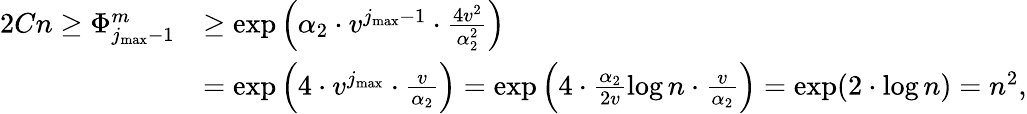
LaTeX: \begin{array}{rl}{2Cn\geq\Phi_{j_{\operatorname*{max}}-1}^{m}}&{\geq\exp\Big(\alpha_{2}\cdot v^{j_{\operatorname*{max}}-1}\cdot\frac{4v^{2}}{\alpha_{2}^{2}}\Big)}\\ &{=\exp\Big(4\cdot v^{j_{\operatorname*{max}}}\cdot\frac{v}{\alpha_{2}}\Big)=\exp\Big(4\cdot\frac{\alpha_{2}}{2v}\log n\cdot\frac{v}{\alpha_{2}}\Big)=\exp(2\cdot\log n)=n^{2},}\end{array}